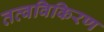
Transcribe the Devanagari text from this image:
तत्वविकिरण